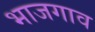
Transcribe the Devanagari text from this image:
भाजगाव